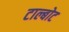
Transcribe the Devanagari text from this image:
टाल्बोट